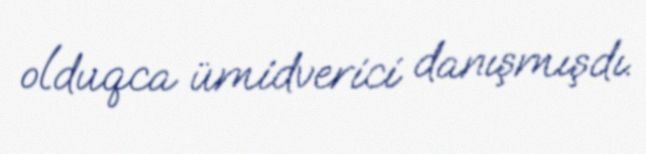
olduqca ümidverici danışmışdı.